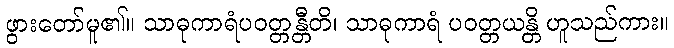
ဖွားတော်မူ၏။ သာဓုကာရံပဝတ္တန္တီတိ၊ သာဓုကာရံ ပဝတ္တယန္တိ ဟူသည်ကား။